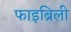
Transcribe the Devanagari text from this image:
फाइब्रिली